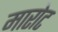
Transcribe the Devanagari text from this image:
मारोट